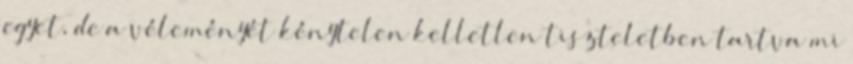
egyet, de a véleményét kénytelen kelletlen tiszteletben tartva mi